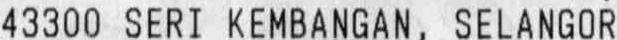
43300 SERI KEMBANGAN, SELANGOR